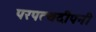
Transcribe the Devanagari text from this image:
परपत्थदीपनी